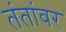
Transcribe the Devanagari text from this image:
तंतांवर